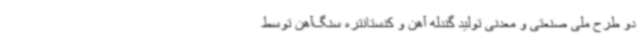
دو طرح ملی صنعتی و معدنی تولید گندله آهن و کنستانتره سنگ‌آهن توسط